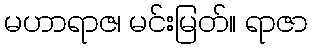
မဟာရာဇ၊ မင်းမြတ်။ ရာဇာ